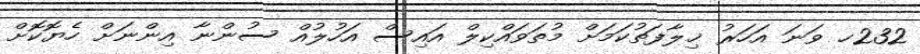
232ހ ވަނަ އަހަރު ޚިލާފަތުކަމަށް މުތަވައްކިލް އައިސް އަހުލުއް ސުންނާ އިންނަށް ހެޔޮކޮށް